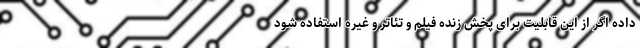
داده اگر از این قابلیت برای پخش زنده فیلم و تئاتر و غیره استفاده شود